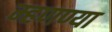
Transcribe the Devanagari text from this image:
म्हणण्या